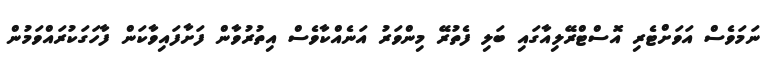
ނަމަވެސް އަވަށްޓެރި އޮސްޓްރޭލިއާގައި ބަލި ފެތުރޭ މިންވަރު އަނެއްކާވެސް އިތުރުވާން ފަށާފައިވާކަން ފާހަގަކުރައްވަމުން